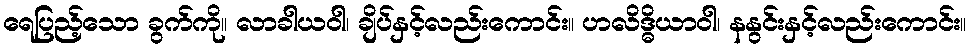
ရေပြည့်သော ခွက်ကို။ လာခါယဝါ၊ ချိပ်နှင့်လည်းကောင်း။ ဟလိဒ္ဓိယာဝါ၊ နနွင်းနှင့်လည်းကောင်း။